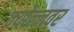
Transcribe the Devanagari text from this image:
क्योल्नवर